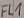
Text: FL1